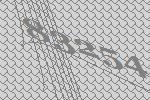
83254